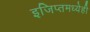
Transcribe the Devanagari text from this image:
इजिप्तमध्येही